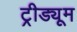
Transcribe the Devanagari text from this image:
ट्रीड्यूम